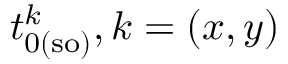
t _ { 0 ( \mathrm { s o ) } } ^ { k } , k = ( x , y )